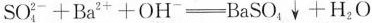
$$SO_{4}^{2-}+Ba^{2+}+OH^{-}\xlongequal [] {} BaSO_{4}\downarrow +H_{2}O$$